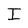
Character: I